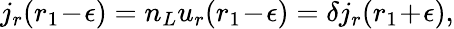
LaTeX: j_{r}(r_{1}\! -\! \epsilon)=n_{L}u_{r}(r_{1}\! -\! \epsilon)=\delta j_{r}(r_{1}\! +\! \epsilon),